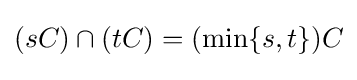
(sC)\cap (tC)=(\min _{}\{s,t\})C